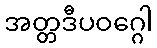
အတ္တဒီပဝဂ္ဂေါ